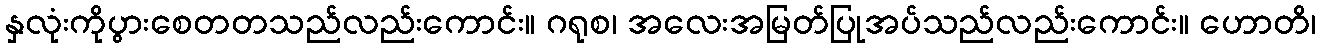
နှလုံးကိုပွားစေတတသည်လည်းကောင်း။ ဂရုစ၊ အလေးအမြတ်ပြုအပ်သည်လည်းကောင်း။ ဟောတိ၊